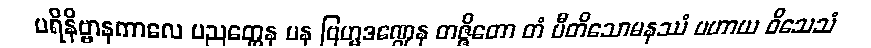
ပရိနိဗ္ဗာနကာလေ ပညတ္တေန ပန ဗြဟ္မဒဏ္ဍေန တဇ္ဇိတော တံ ပီတိသောမနဿံ ပဟာယ ဝိသေသံ